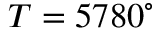
T = 5 7 8 0 ^ { \circ }